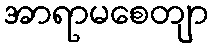
အာရာမစေတျာ